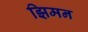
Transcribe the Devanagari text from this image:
झिमन